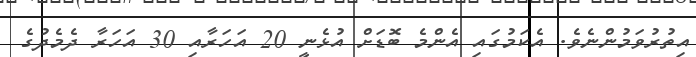
އިތުރުވަމުންނެވެ. އެކަމުގައި އެންމެ ބޮޑަށް އުޅެނީ 20 އަހަރާއި 30 އަހަރާ ދެމެދުގެ